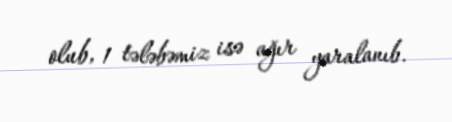
olub, 1 tələbəmiz isə ağır yaralanıb.